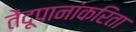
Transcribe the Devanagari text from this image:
तेंदूपानांकरिता